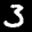
Label: 3